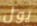
يول